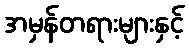
အမှန်တရားများနှင့်